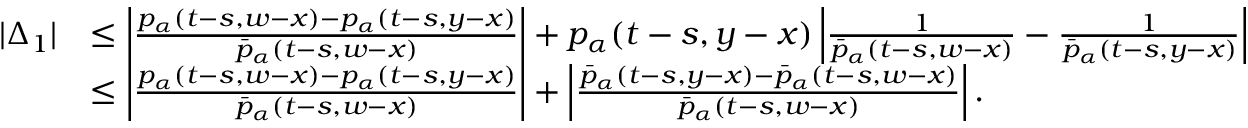
\begin{array} { r l } { | \Delta _ { 1 } | } & { \leq \left| \frac { p _ { \alpha } ( t - s , w - x ) - p _ { \alpha } ( t - s , y - x ) } { \bar { p } _ { \alpha } ( t - s , w - x ) } \right| + p _ { \alpha } ( t - s , y - x ) \left| \frac { 1 } { \bar { p } _ { \alpha } ( t - s , w - x ) } - \frac { 1 } { \bar { p } _ { \alpha } ( t - s , y - x ) } \right| } \\ & { \leq \left| \frac { p _ { \alpha } ( t - s , w - x ) - p _ { \alpha } ( t - s , y - x ) } { \bar { p } _ { \alpha } ( t - s , w - x ) } \right| + \left| \frac { \bar { p } _ { \alpha } ( t - s , y - x ) - \bar { p } _ { \alpha } ( t - s , w - x ) } { \bar { p } _ { \alpha } ( t - s , w - x ) } \right| . } \end{array}